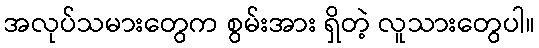
အလုပ်သမားတွေက စွမ်းအား ရှိတဲ့ လူသားတွေပါ။